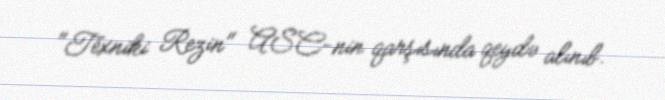
"Texniki Rezin" ASC-nin qarşısında qeydə alınıb.